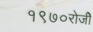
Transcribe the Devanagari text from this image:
१९७०रोजीे